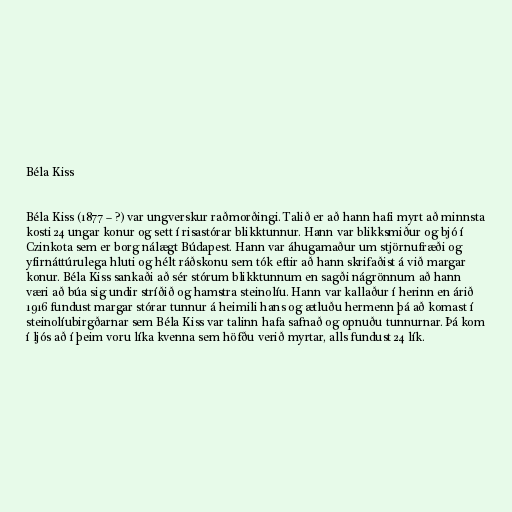
Béla Kiss

Béla Kiss (1877 – ?) var ungverskur raðmorðingi. Talið er að hann hafi myrt að minnsta
kosti 24 ungar konur og sett í risastórar blikktunnur. Hann var blikksmiður og bjó í
Czinkota sem er borg nálægt Búdapest. Hann var áhugamaður um stjörnufræði og
yfirnáttúrulega hluti og hélt ráðskonu sem tók eftir að hann skrifaðist á við margar
konur. Béla Kiss sankaði að sér stórum blikktunnum en sagði nágrönnum að hann
væri að búa sig undir stríðið og hamstra steinolíu. Hann var kallaður í herinn en árið
1916 fundust margar stórar tunnur á heimili hans og ætluðu hermenn þá að komast í
steinolíubirgðarnar sem Béla Kiss var talinn hafa safnað og opnuðu tunnurnar. Þá kom
í ljós að í þeim voru líka kvenna sem höfðu verið myrtar, alls fundust 24 lík.